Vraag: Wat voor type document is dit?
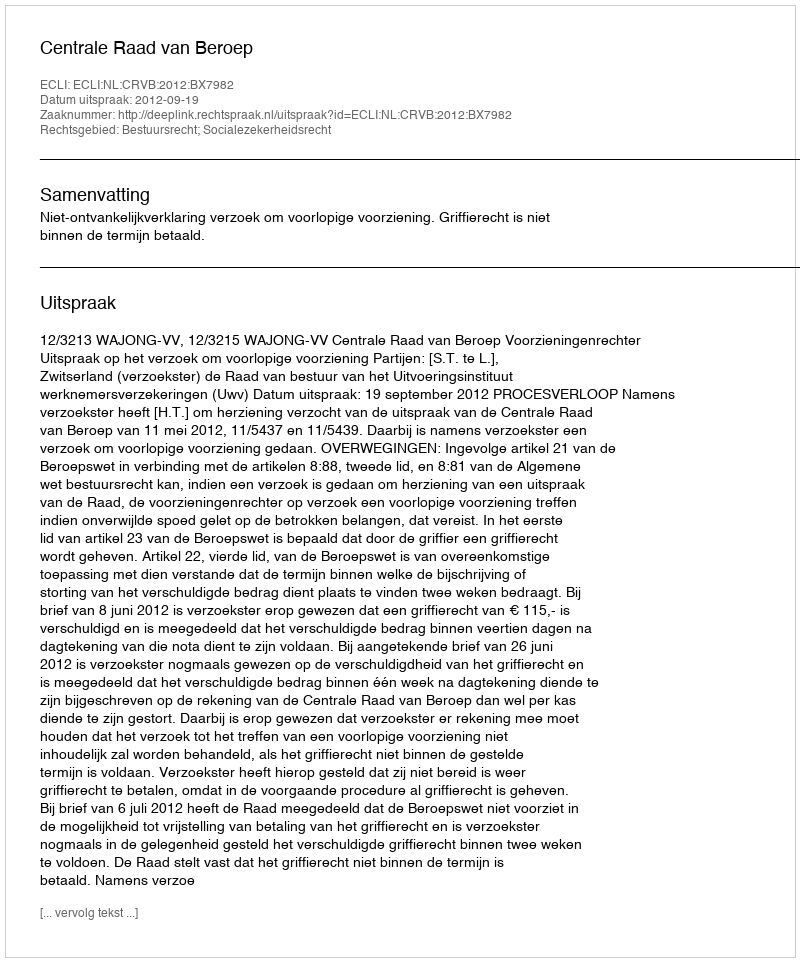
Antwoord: Uitspraak